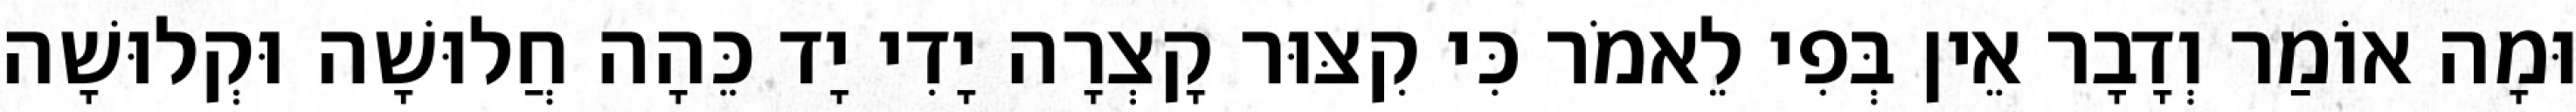
וּמָה אוֹמַר וְדָבָר אֵין בְּפִי לֵאמֹר כִּי קִצּוּר קָצְרָה יָדִי יָד כֵּהָה חֲלוּשָׁה וּקְלוּשָׁה